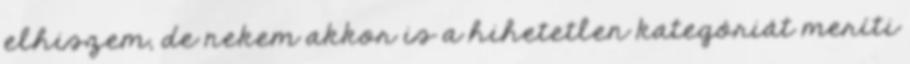
elhiszem, de nekem akkor is a hihetetlen kategóriát meríti